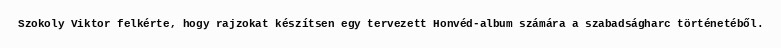
Szokoly Viktor felkérte, hogy rajzokat készítsen egy tervezett Honvéd-album számára a szabadságharc történetéből.